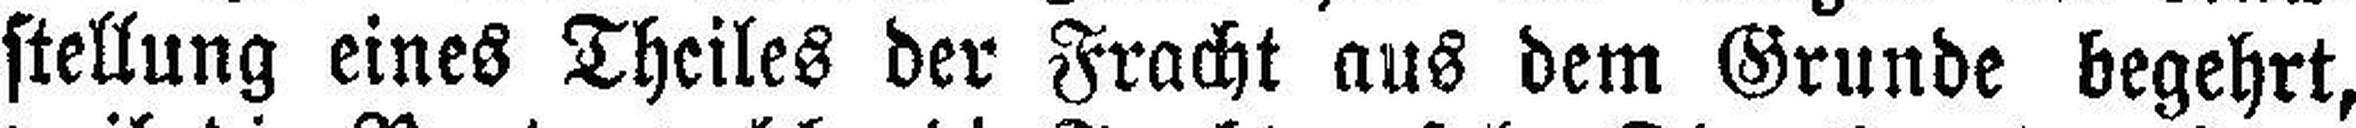
stellung eines Theiles der Fracht aus dem Grunde begehrt,